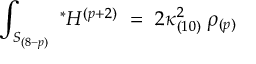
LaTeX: \int _ { S _ { ( 8 - p ) } } \ ^ { * } H ^ { ( p + 2 ) } \ = \ 2 \kappa _ { ( 1 0 ) } ^ { 2 } \; \rho _ { ( p ) }